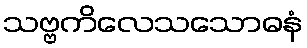
သဗ္ဗကိလေသသောဓနံ